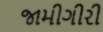
જામીગીરી